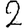
Digit: 2